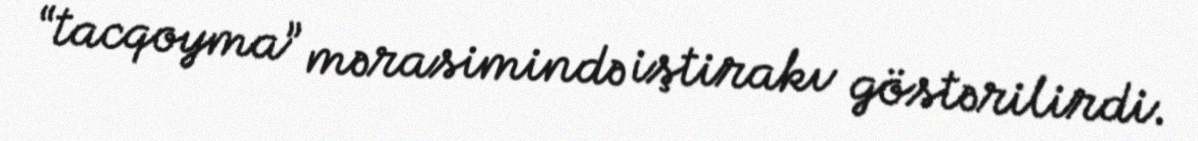
“tacqoyma” mərasimində iştirakı göstərilirdi.